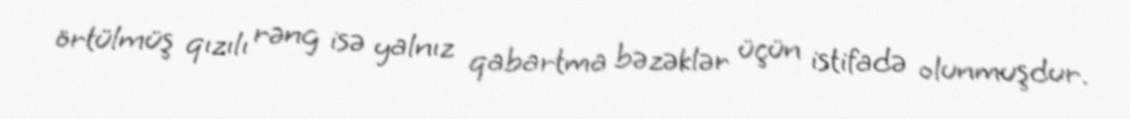
örtülmüş qızılı rəng isə yalnız qabartma bəzəklər üçün istifadə olunmuşdur.